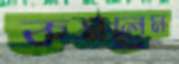
কমলেম